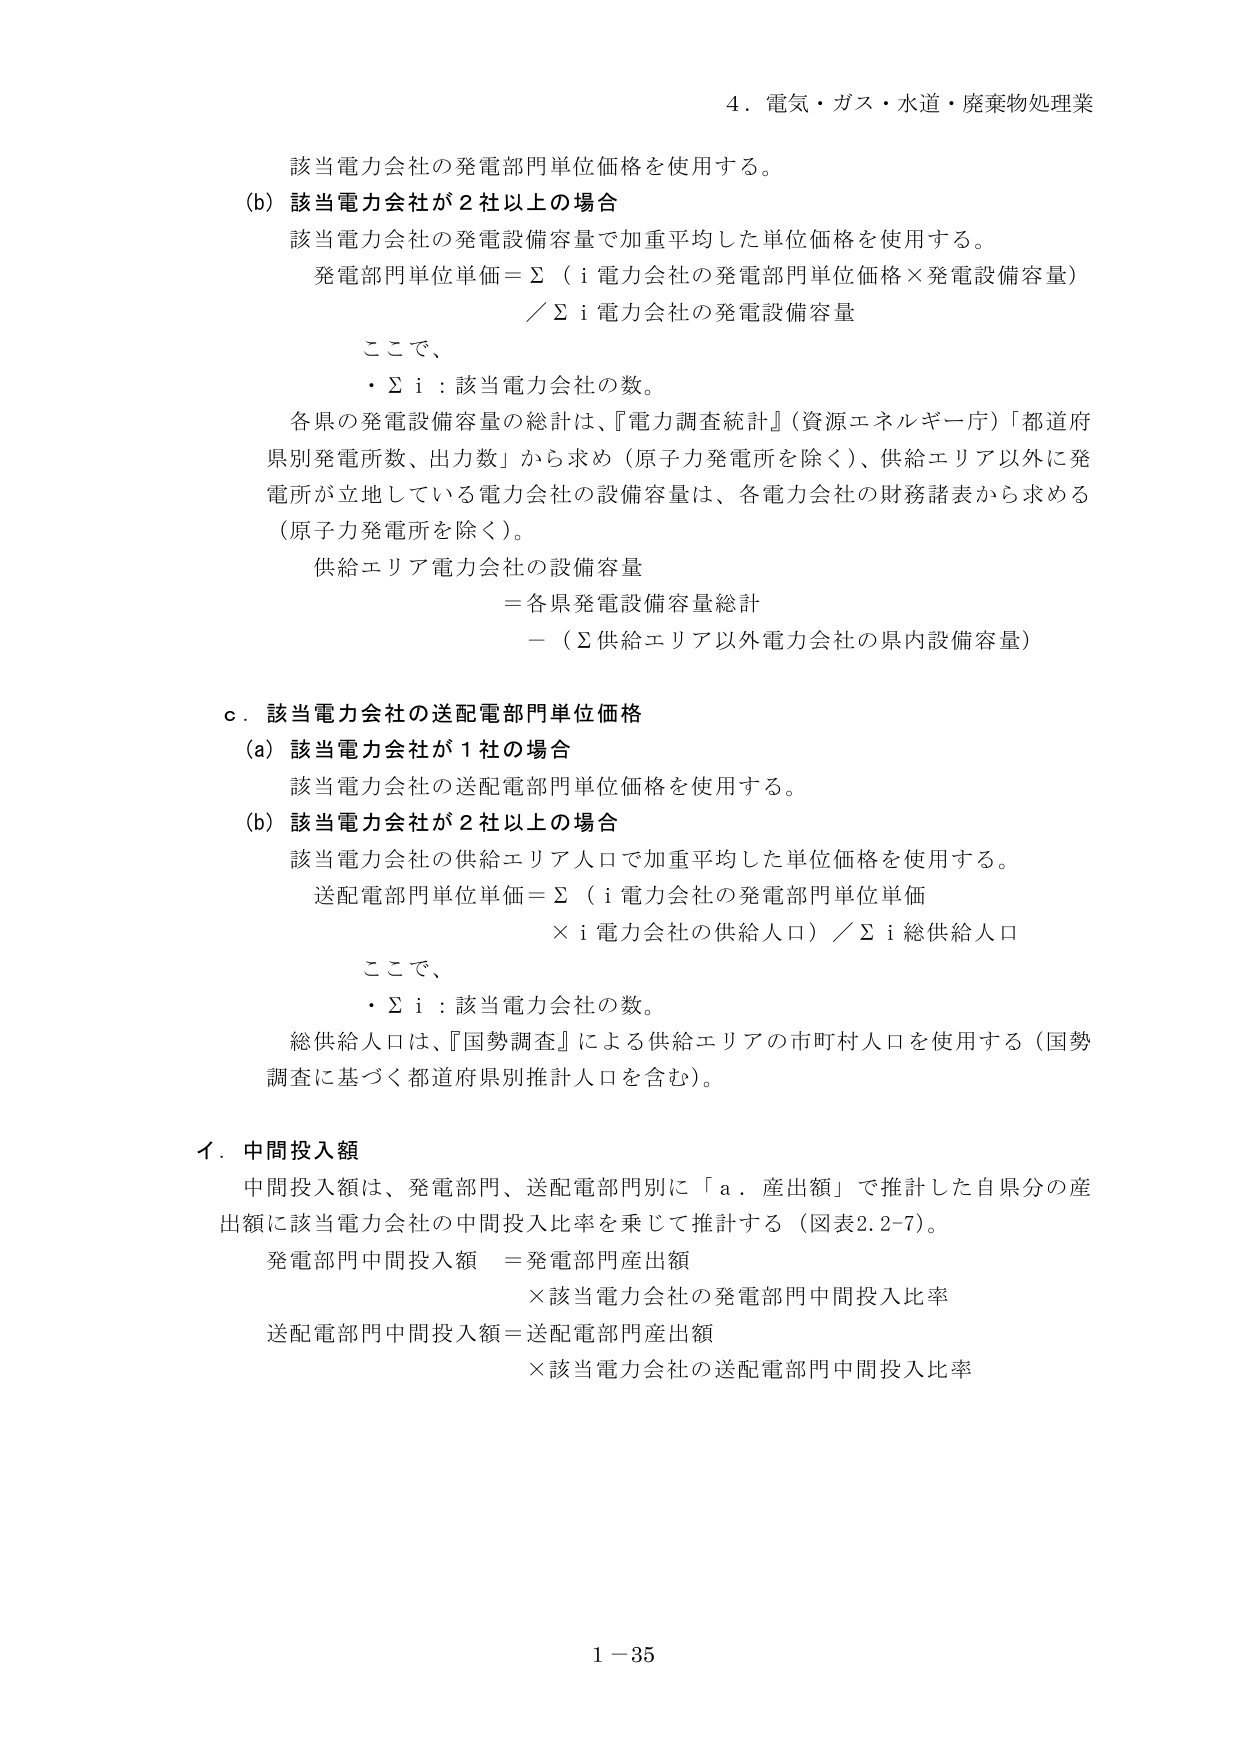
4．電気・ガス・水道・廃棄物処理業

該当電力会社の発電部門単位価格を使用する。

(b) 該当電力会社が2社以上の場合
該当電力会社の発電設備容量で加重平均した単位価格を使用する。
発電部門単位単価＝Σ（i 電力会社の発電部門単位価格×発電設備容量）
／Σ i 電力会社の発電設備容量

ここで、
・Σ i ：該当電力会社の数。

各県の発電設備容量の総計は、『電力調査統計』（資源エネルギー庁）「都道府県別発電所数、出力数」から求め（原子力発電所を除く）、供給エリア以外に発電所が立地している電力会社の設備容量は、各電力会社の財務諸表から求める（原子力発電所を除く）。

供給エリア電力会社の設備容量
＝各県発電設備容量総計
－（Σ供給エリア以外電力会社の県内設備容量）

c．該当電力会社の送配電部門単位価格

(a) 該当電力会社が1社の場合
該当電力会社の送配電部門単位価格を使用する。

(b) 該当電力会社が2社以上の場合
該当電力会社の供給エリア人口で加重平均した単位価格を使用する。
送配電部門単位単価＝Σ（i 電力会社の発電部門単位単価
× i 電力会社の供給人口）／Σ i 総供給人口

ここで、
・Σ i ：該当電力会社の数。

総供給人口は、『国勢調査』による供給エリアの市町村人口を使用する（国勢調査に基づく都道府県別推計人口を含む）。

イ．中間投入額
中間投入額は、発電部門、送配電部門別に「a．産出額」で推計した自県分の産出額に該当電力会社の中間投入比率を乗じて推計する（図表2.2-7）。
発電部門中間投入額 ＝発電部門産出額
×該当電力会社の発電部門中間投入比率
送配電部門中間投入額＝送配電部門産出額
×該当電力会社の送配電部門中間投入比率

1－35